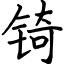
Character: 锜